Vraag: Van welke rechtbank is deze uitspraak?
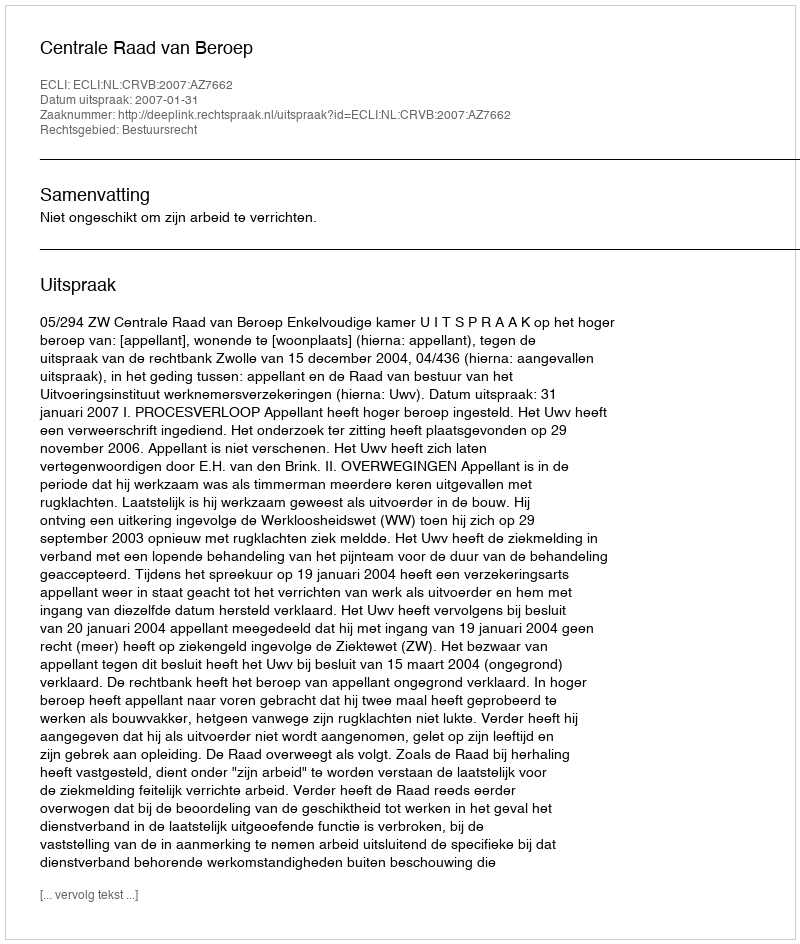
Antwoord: Centrale Raad van Beroep